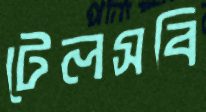
টেলসবি